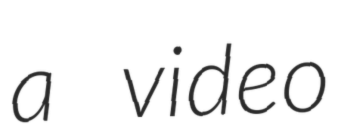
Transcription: a video